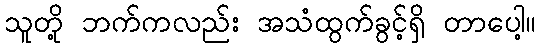
သူတို့ ဘက်ကလည်း အသံထွက်ခွင့်ရှိ တာပေါ့။